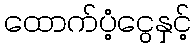
ထောက်ပံ့ငွေနှင့်